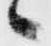
々